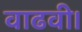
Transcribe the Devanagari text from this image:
वाढवी।